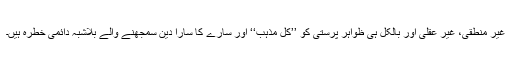
غیر منطقی، غیر عقلی اور بالکل ہی ظواہر پرستی کو ’’کل مذہب‘‘ اور سارے کا سارا دین سمجھنے والے بلاشبہ دائمی خطرہ ہیں۔